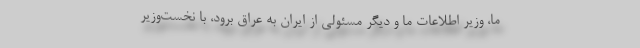
ما، وزیر اطلاعات ما و دیگر مسئولی از ایران به عراق برود، با نخست‌وزیر